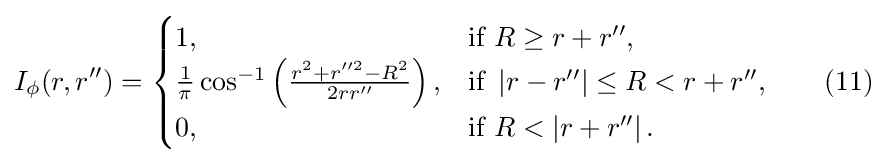
I_{\phi }(r,r'')={\begin{cases}1,&{\mbox{if }}R\geq r+r'',\\{\tfrac {1}{\pi }}\cos ^{-1}\left({\tfrac {r^{2}+r''^{2}-R^{2}}{2rr''}}\right),&{\mbox{if }}\left|r-r''\right|\leq R<r+r'',\\0,&{\mbox{if }}R<\left|r+r''\right|.\end{cases}}\qquad (11)